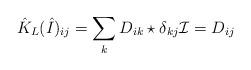
LaTeX: \begin{align*}\hat{K}_L(\hat{I})_{ij}=\sum_k D_{ik}\star\delta_{kj} \mathcal{I}=D_{ij}\end{align*}